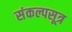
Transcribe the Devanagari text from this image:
संकल्पसूत्र